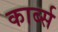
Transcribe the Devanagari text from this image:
कार्ब्स